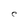
Character: C